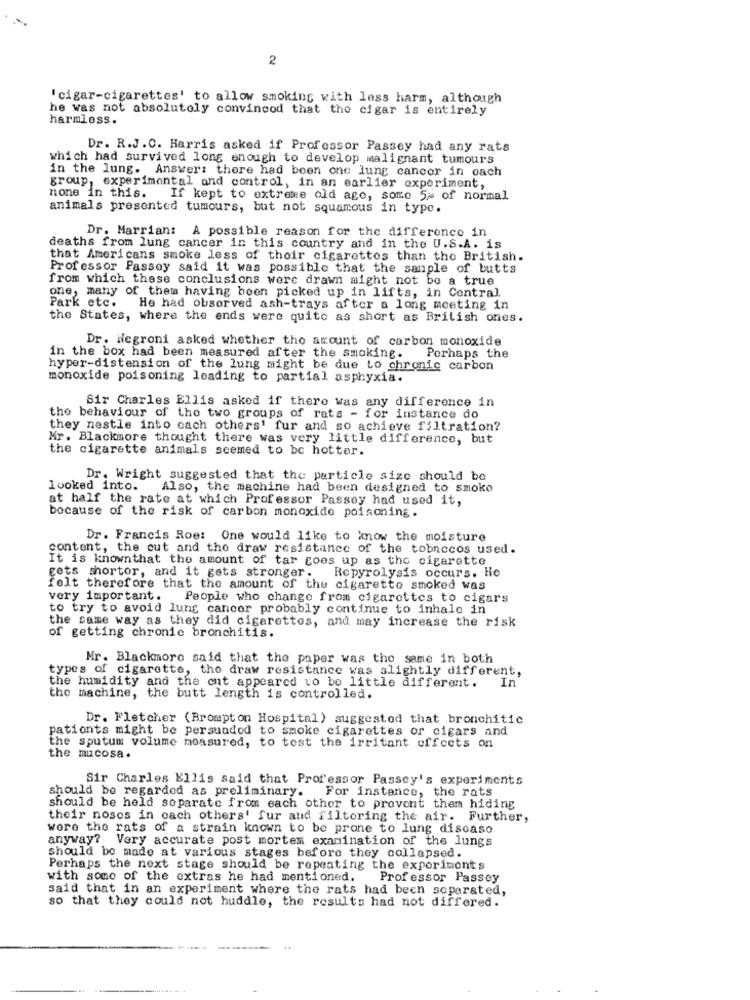
2
' cigar-cigarettes' to allow smoking with less harm, although
he was not absolutely convinced that the cigar is entirely
harmloss.
Dr. R.J.C. Harris asked if Professor Passey had any rats
which had survived long enough to develop malignant tumours
in the lung. Answer: there had been one lung cancer in each
none in this.
group, experimental and control, in an earlier experiment,
If kept to extreme old ago, some 5% of normal
animals presented tumours, but not squamous in type.
Dr. Marrian: A possible reason for the difference in
deaths from lung cancer in this country and in the U.S.A. is
that Americans smoke less of their cigarettes than the British.
Professor Passoy said it was possible that the sample of butts
from which these conclusions were drawn might not be a true
one, many of them having been picked up in lifts, in Central.
Park etc.
He had observed ash-trays after a long meeting in
the States, where the ends were quite as short as British ones.
Dr. Negroni asked whether the amount of carbon monoxide
in the box had been measured after the smoking.
Perhaps the
hyper-distension of the lung might be due to chronic carbon
monoxide poisoning leading to partial asphyxia.
Sir Charles Ellis asked if there was any difference in
the behaviour of the two groups of rats - for instance do
they nestle into cach others' fur and so achieve filtration?
Mr. Blackmore thought there was very little difference, but
the cigarette animals scemed to be hotter.
Dr. Wright suggested that the particle size should be
looked into. Also, the machine had been designed to smoke
at half the rate at which Professor Passoy had used it,
because of the risk of carbon monoxide poisoning.
Dr. Francis Roe: One would like to know the moisture
content, the cut and the draw resistance of the tobaccos used.
It is knownthat the amount of tar goes up as the cigarette
Repyrolysis occurs. He
gets shortor, and it gets stronger.
folt therefore that the amount of the cigarette smoked was
very important.
People who change from cigarettes to cigars
to try to avoid lung cancer probably continue to inhalo in
the same way as they did cigarettes, and may increase the risk
of getting chronic bronchitis.
Mr. Blackmore said that the paper was the same in both
types of cigarette, the draw resistance was slightly different,
the humidity and the ent appeared to be little different.
In
the machine, the butt length is controlled.
Dr. Fletcher (Brompton Hospital) suggested that bronchitic
pationts might be persuaded to smoke cigarettes or cigars and
the sputum volume measured, to test the irritant effects on
the mucosa.
Sir Charles Ellis said that Professor Passey's experiments
should be regarded as preliminary. For instance, the rats
should be held separate from each other to prevent them hiding
their noses in each others' fur and filtering the air. Further,
wore the rats of a strain known to be prone to lung disease
anyway? Very accurate post mortem examination of the lungs
should be made at various stages before they collapsed.
Perhaps the next stage should be repeating the exporimonts
with some of the extras he had mentioned. Professor Passey
said that in an experiment where the rats had been separated,
so that they could not huddle, the results had not differed.
..